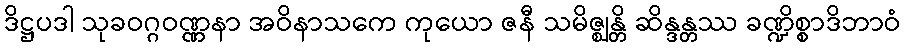
ဒိဋ္ဌပဒါ သုခဝဂ္ဂဝဏ္ဏနာ အဝိနာသကေ ကုယော ဇနီ သမိဇ္ဈန္တိ ဆိန္ဒန္တဿ ခဏ္ဍိစ္စာဒိဘာဝံ